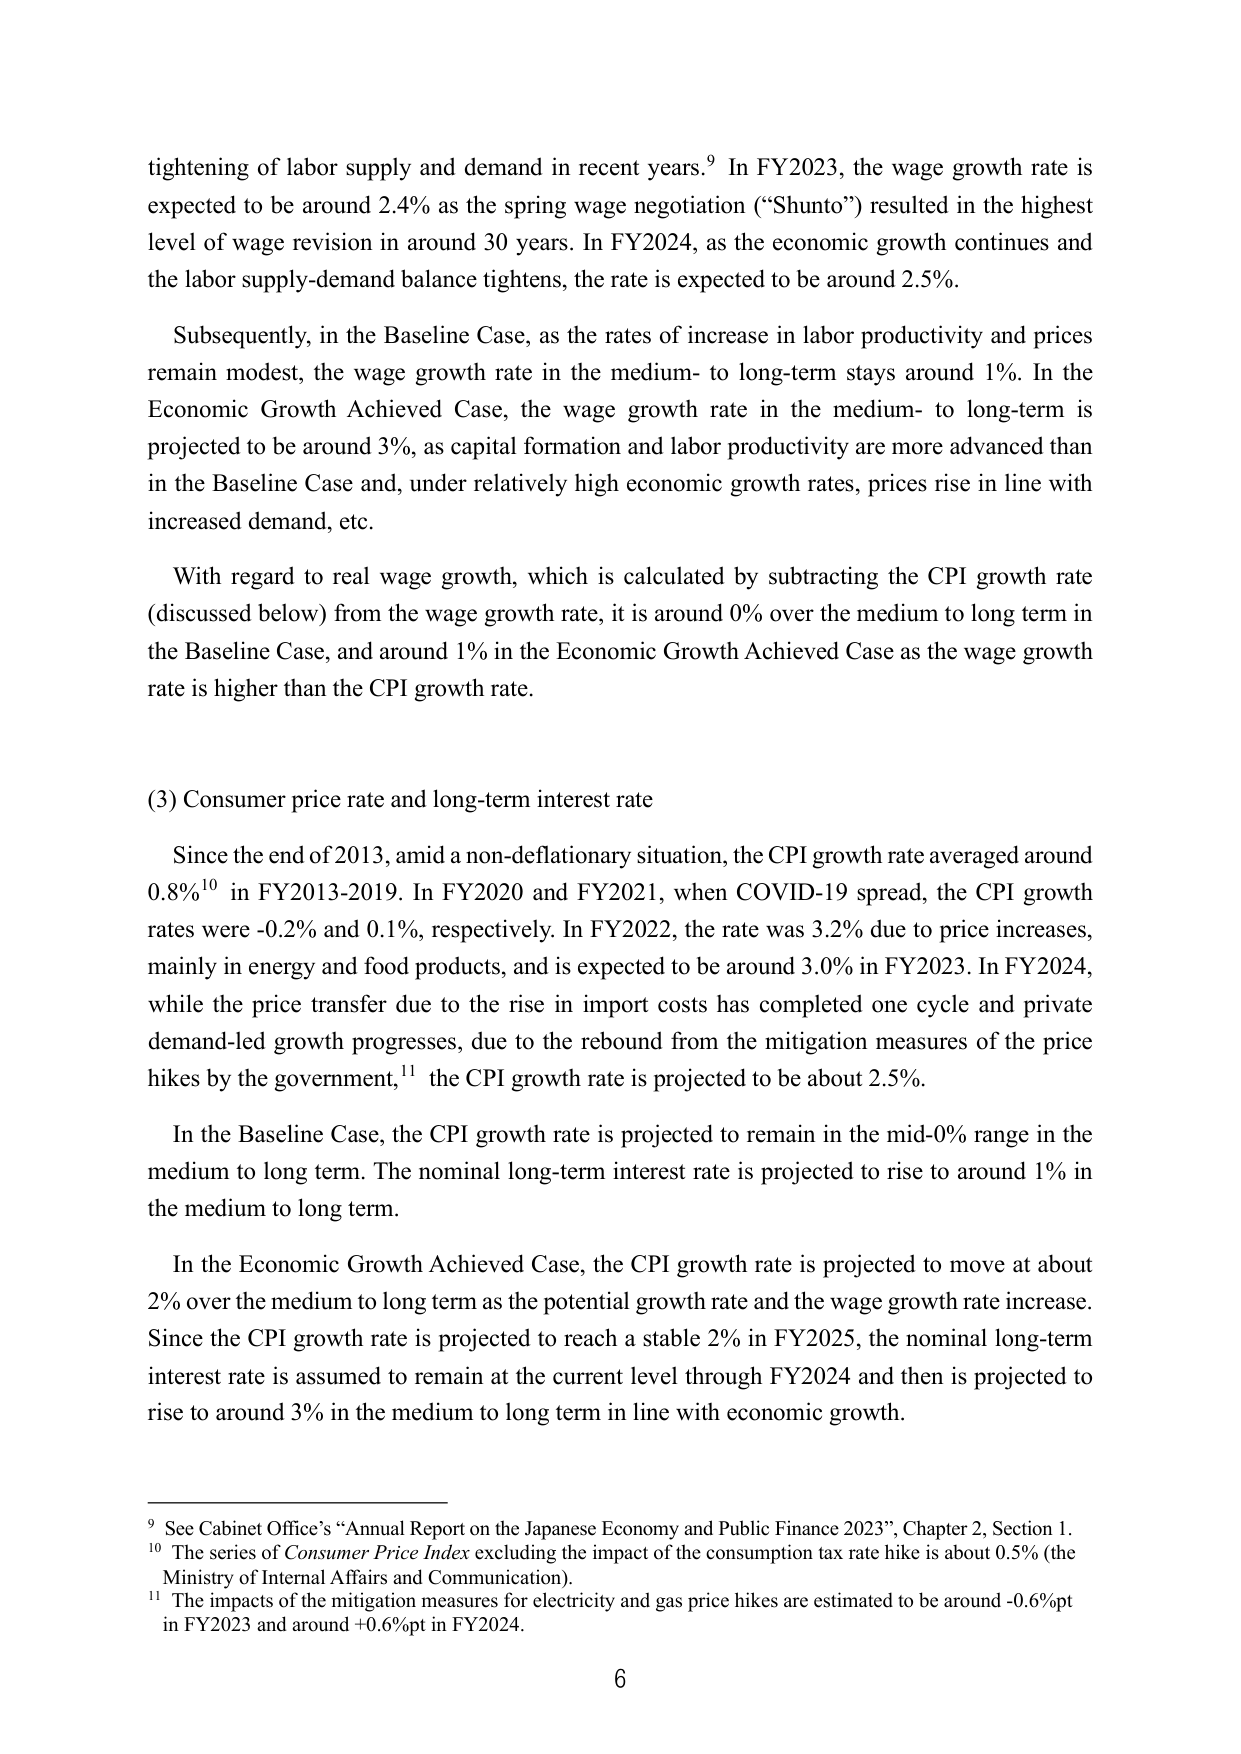
tightening of labor supply and demand in recent years.⁹ In FY2023, the wage growth rate is expected to be around 2.4% as the spring wage negotiation (“Shunto”) resulted in the highest level of wage revision in around 30 years. In FY2024, as the economic growth continues and the labor supply-demand balance tightens, the rate is expected to be around 2.5%.

Subsequently, in the Baseline Case, as the rates of increase in labor productivity and prices remain modest, the wage growth rate in the medium- to long-term stays around 1%. In the Economic Growth Achieved Case, the wage growth rate in the medium- to long-term is projected to be around 3%, as capital formation and labor productivity are more advanced than in the Baseline Case and, under relatively high economic growth rates, prices rise in line with increased demand, etc.

With regard to real wage growth, which is calculated by subtracting the CPI growth rate (discussed below) from the wage growth rate, it is around 0% over the medium to long term in the Baseline Case, and around 1% in the Economic Growth Achieved Case as the wage growth rate is higher than the CPI growth rate.

(3) Consumer price rate and long-term interest rate

Since the end of 2013, amid a non-deflationary situation, the CPI growth rate averaged around 0.8%¹⁰ in FY2013-2019. In FY2020 and FY2021, when COVID-19 spread, the CPI growth rates were -0.2% and 0.1%, respectively. In FY2022, the rate was 3.2% due to price increases, mainly in energy and food products, and is expected to be around 3.0% in FY2023. In FY2024, while the price transfer due to the rise in import costs has completed one cycle and private demand-led growth progresses, due to the rebound from the mitigation measures of the price hikes by the government,¹¹ the CPI growth rate is projected to be about 2.5%.

In the Baseline Case, the CPI growth rate is projected to remain in the mid-0% range in the medium to long term. The nominal long-term interest rate is projected to rise to around 1% in the medium to long term.

In the Economic Growth Achieved Case, the CPI growth rate is projected to move at about 2% over the medium to long term as the potential growth rate and the wage growth rate increase. Since the CPI growth rate is projected to reach a stable 2% in FY2025, the nominal long-term interest rate is assumed to remain at the current level through FY2024 and then is projected to rise to around 3% in the medium to long term in line with economic growth.

⁹ See Cabinet Office’s “Annual Report on the Japanese Economy and Public Finance 2023”, Chapter 2, Section 1.
¹⁰ The series of Consumer Price Index excluding the impact of the consumption tax rate hike is about 0.5% (the Ministry of Internal Affairs and Communication).
¹¹ The impacts of the mitigation measures for electricity and gas price hikes are estimated to be around -0.6%pt in FY2023 and around +0.6%pt in FY2024.

6